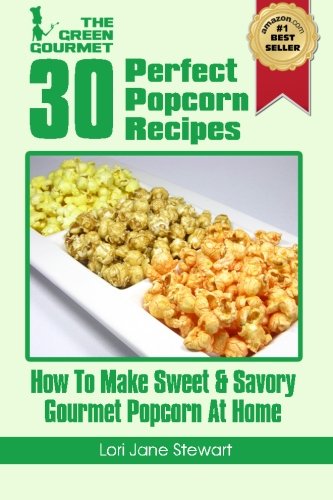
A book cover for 30 Perfect Popcorn Recipes : How to Make Sweet & Savory Gourmet Popcorn at Home (Volume 1); Lori Jane Stewart; Cookbooks, Food & Wine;